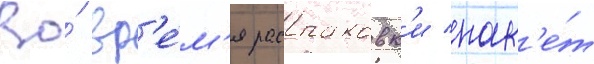
Во́ вр'е́м'я распаковк'и пак'е́т